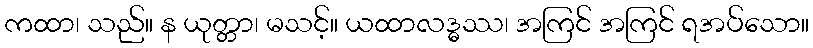
ကထာ၊ သည်။ န ယုတ္တာ၊ မသင့်။ ယထာလဒ္ဓဿ၊ အကြင် အကြင် ရအပ်သော။